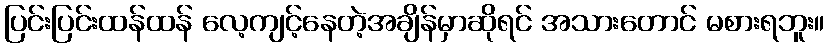
ပြင်းပြင်းထန်ထန် လေ့ကျင့်နေတဲ့အချိန်မှာဆိုရင် အသားတောင် မစားရဘူး။